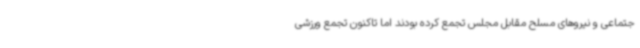
جتماعی و نیروهای مسلح مقابل مجلس تجمع کرده بودند اما تاکنون تجمع ورزشی